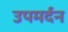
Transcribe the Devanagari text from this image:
उपमर्दन